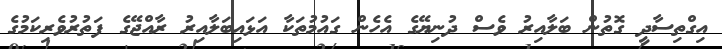
އިގްތިސާދީ ގޮތުން ބަލާއިރު ވެސް ދުނިޔޭގެ އެހެން ގައުމުތަކާ އަޅައިބަލާއިރު ރާއްޖޭގެ ފަތުރުވެރިކަމުގެ